Indian journal of veterinary science and animal husbandry - Volumes 22-23, 1952-1953
Year: 1952
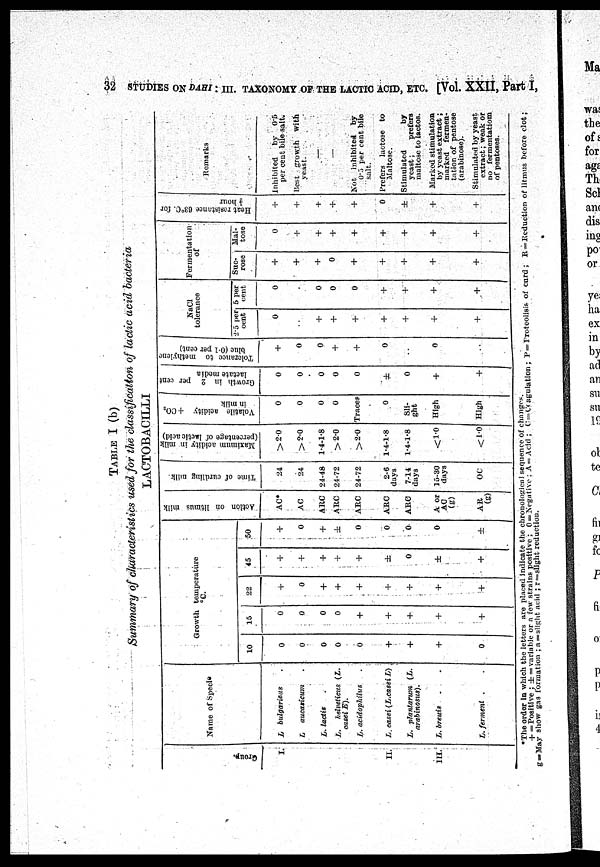
32 STUDIES ON DAHI: III. TAXONOMY OF THE LACTIC ACID, ETC. [Vol. XXII, Part I,
TABLE I (b)
Summary of characteristics used for the classification of lactic acid bacteria
LACTOBACILLI
Gr oup.
I.
II.
III.
Name of Specie
L bulgarieus .
L aucasicum .
L. lactis
L.
helveticus (L.
casei E).
L. acidophilus .
L. casei (L.casei L)
L. plantarum (L.
arabinosus).
L. breuis . .
L. ferment . .
Growth temperature
10
0
0
0
0
6
+
+
+
0
15
0
0
0
0
+
+
+
+
+
22
+
0
+
+
+
+
+
+
+
45
+
+
+
+
+
±
0
±
+
50
+
0
+
±
0
0
0
0
±
Action on litmus milk
AC*
AC
ARC
ARC
ARC
ARC
ARC
A or
AC
(g)
AR.
(g)
Time of curdling milk
24
24
24-48
24-72
24-72
2-6
days
7-14
days
15-30
days
OC
Maximum acidity in milk
(percentage of lactic acid)
>2.0
>2.0
1.4-1.8
>2.0
>2.0
1.4-1.8
1.4-1.8
<1.0
<1.0
Volatile acidity + CO
2
in milk
0
0
0
0
Traces
0
Sli-
ght
High
High
Growth in 2 per cent
lactate media
0
0
0
0
0
±
0
+
+
Tolerance to methylene
blue (0.1
per cent)
+
0
0
+
+
0
..
0
..
NaCl
tolerance
2.5 per
cent
0
.
+
+
+
+
+
+
+
5 per
cent
0
.
0
0
0
+
+
+
+
Fermentation
of
Suc-
rose
+
+
+
0
+
+
+
+
+
Mal-
tose
0
+
+
+
+
+
+
+
+
Heat resistance 63°C. for
½ hour
+
+
+
+
+
0
±
+
+
Remarks
Inhibited
by 0.5
per cent bile salt.
Best growth with
yeast.
––
––
Not inhibited by
0.5 per cent bile
salt.
Prefers lactose to
Maltose.
Stimulated
by
yeast;
prefers
maltose to lactos.
Marked stimulation
by yeast extract;
marked fermen-
tation of pentose
(arabinose).
Stimulated by yeast
extract; weak or
no fermentatiom
of pentoses.
*The order in which the letters are placed indicate the chronological sequence of changes.
+ =Positive ; ± = variable or a few strains positive ; 0 = Negative : A = Acid ; C = Coagulation; P = Proteolisis of curd ; R=Reduction of litmus before clot ;
g=May show gas formation ; a=slight acid ; r =slight reduction.